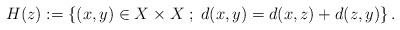
LaTeX: \begin{align*} H(z):=\left\{(x,y)\in X\times X\;;\;d(x,y)=d(x,z)+d(z,y)\right\}. \end{align*}